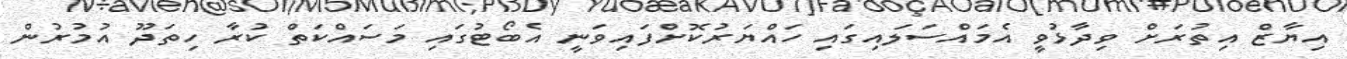
އިޔާޒް އިތުރަށް ވިދާޅުވީ އެމައްސަލައިގައި ހައްޔަރުކޮށްފައިވަނީ އެބޯޓުގައި މަސައްކަތް ކުރާ ހިތަދޫ އުމުރުން